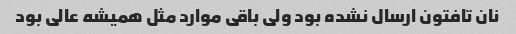
نان تافتون ارسال نشده بود ولی باقی موارد مثل همیشه عالی بود